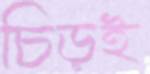
চিড়ই